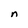
Character: n